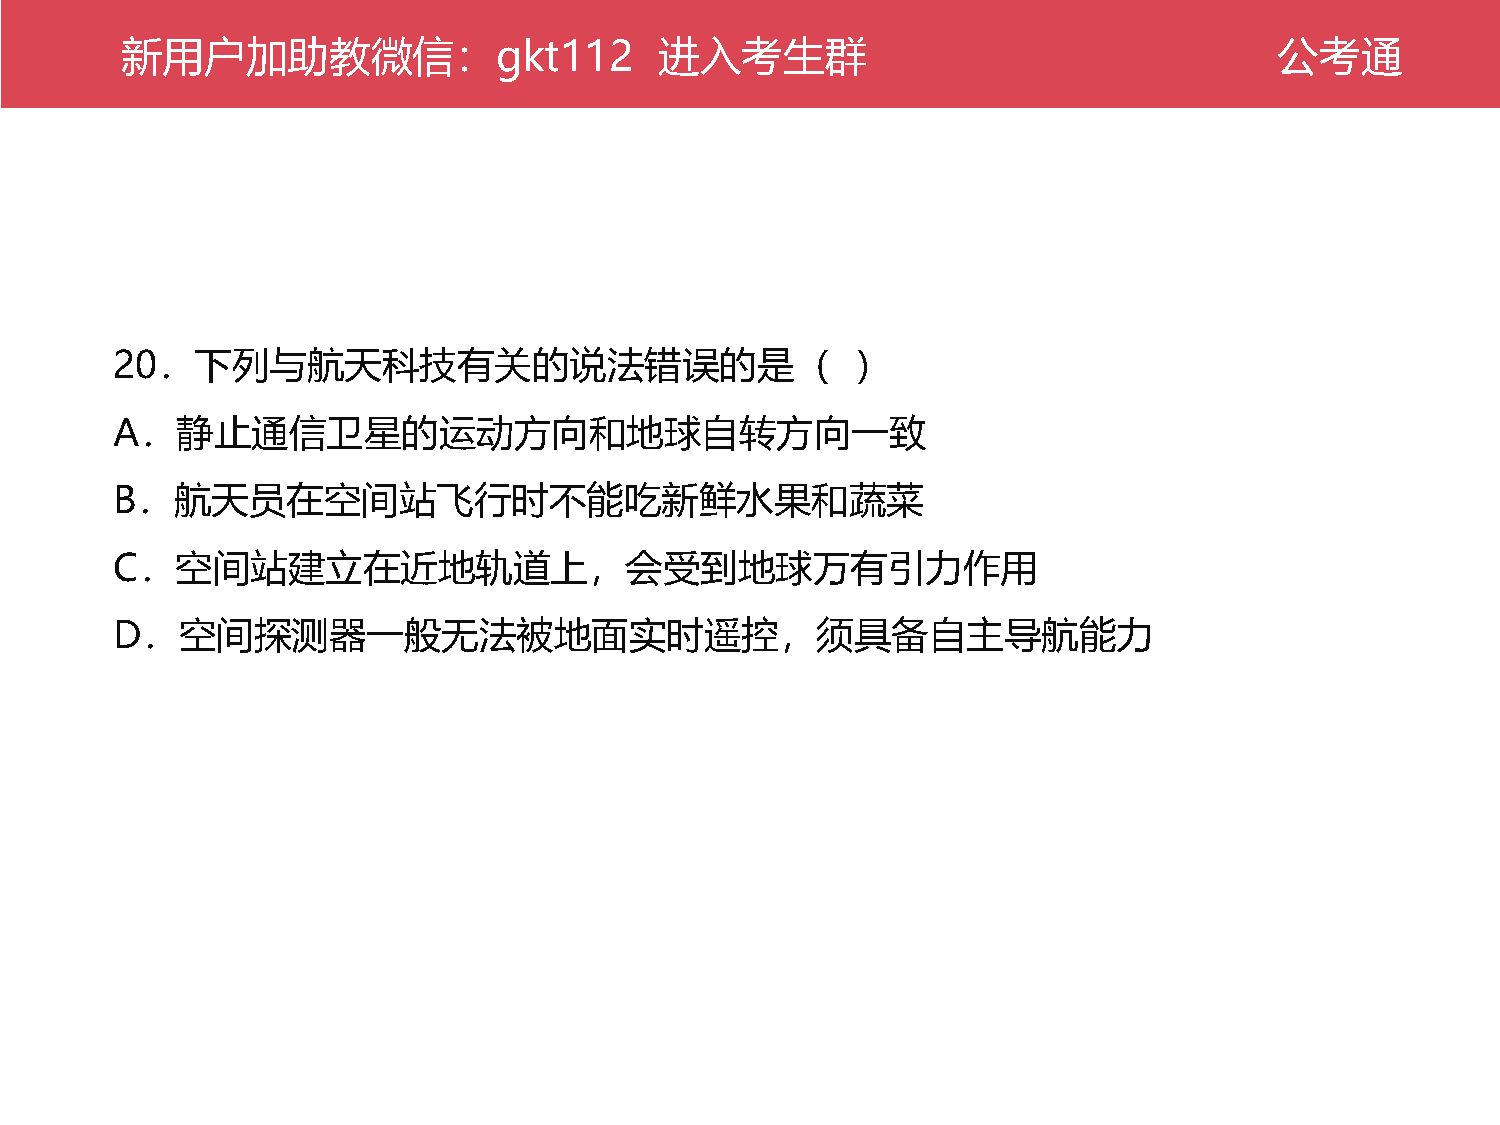
新公用考户通加助教微信：gkt112                  进入考生群                                    公考通
 20．下列与航天科技有关的说法错误的是（                              ）
 A．静止通信卫星的运动方向和地球自转方向一致
 B．航天员在空间站飞行时不能吃新鲜水果和蔬菜
 C．空间站建立在近地轨道上，会受到地球万有引力作用
 D．空间探测器一般无法被地面实时遥控，须具备自主导航能力